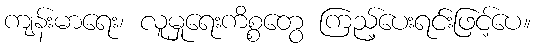
ကျန်းမာရေး၊ လူမှုရေးကိစ္စတွေ ကြည့်ပေးရင်းဖြင့်ပေ။